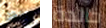
يكون خالدة